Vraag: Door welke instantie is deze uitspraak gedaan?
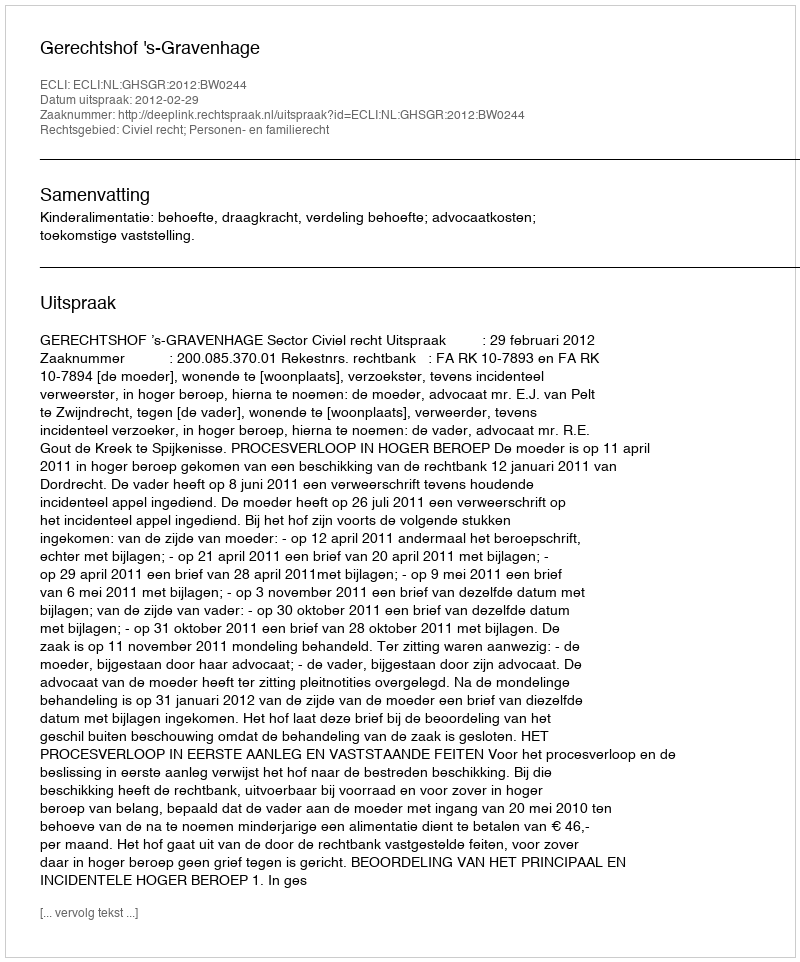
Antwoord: Gerechtshof 's-Gravenhage